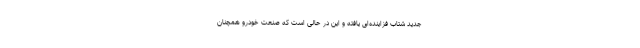
جدید شتاب فزاینده‌ای یافته و این در حالی است که صنعت خودرو همچنان